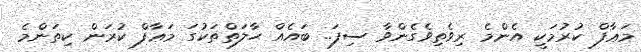
މަޢާފް ކުރުމަކީ އެންމެ ރިވެތިވެގެންވާ ސިފަ.. ބައެއް ޙާލަތްތަކުގަ މަޢާފް ކުރަން ކިތަންމެ